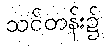
သင်တန်း၌